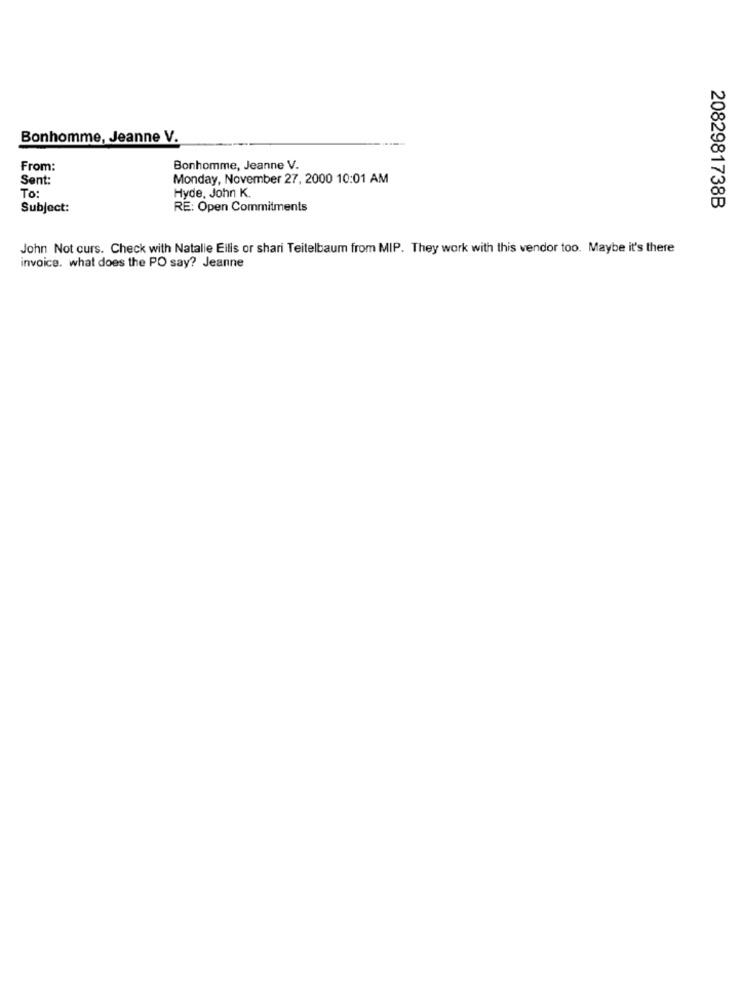
Bonhomme, Jeanne V.
From:
Bonhomme, Jeanne V.
Sent:
Monday, November 27, 2000 10:01 AM
Hyde, John K.
To:
Subject:
RE: Open Commitments
2082981738B
John Not curs. Check with Natalie Eilis or shari Teitelbaum from MIP. They work with this vendor too. Maybe it's there
invoice. what does the PO say? Jeanne